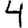
Digit: 4